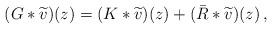
LaTeX: \begin{align*}(G*\widetilde{v} )(z) = (K*\widetilde{v})(z) + (\bar{R} * \widetilde{v})(z)\,,\end{align*}